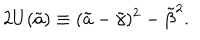
2 U ( \tilde { a } ) \equiv ( \tilde { a } - { \tilde { \gamma } } ) ^ { 2 } - { \tilde { \beta } } ^ { 2 } .